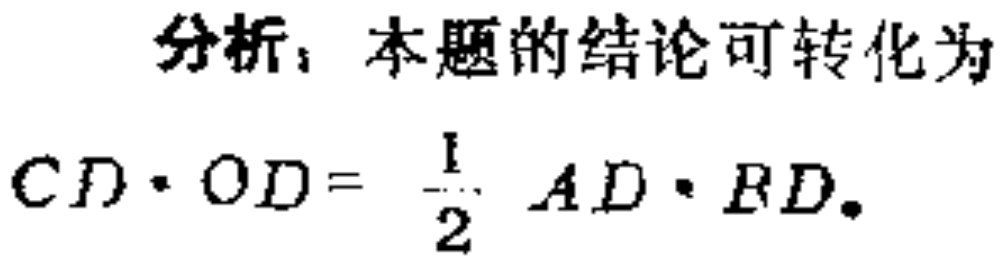
分析，本题的结论可转化为
\(CD\cdot OD = \frac{1}{2} AD\cdot BD\)。